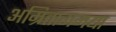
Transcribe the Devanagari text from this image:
अम्रितागमया